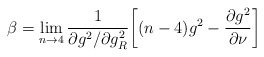
\begin{align*}\beta=\lim_{n\rightarrow 4}\frac{1}{{\partial g^{2}}/{\partial g^{2}_{R}}}\biggl[ (n-4)g^{2}-\frac{{\partial g^{2}}}{{\partial \nu}} \biggr]\end{align*}